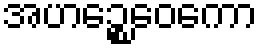
အဟဉ္စေဝေကော